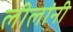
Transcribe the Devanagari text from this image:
लीलांनी